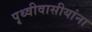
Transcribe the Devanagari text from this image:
पृथ्वीवासीयांना